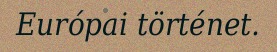
Európai történet.